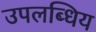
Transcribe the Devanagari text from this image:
उपलब्धिय